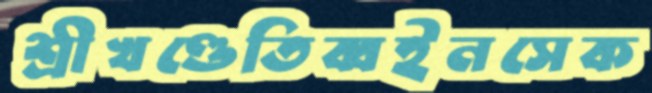
শ্রীখণ্ডেতিব্বইনসেক